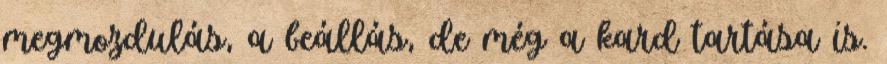
megmozdulás, a beállás, de még a kard tartása is.